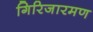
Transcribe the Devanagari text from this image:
गिरिजारमण